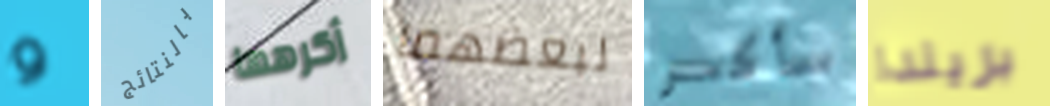
و بالنتائج أكرهها لبعضهما سأكسر بريندا